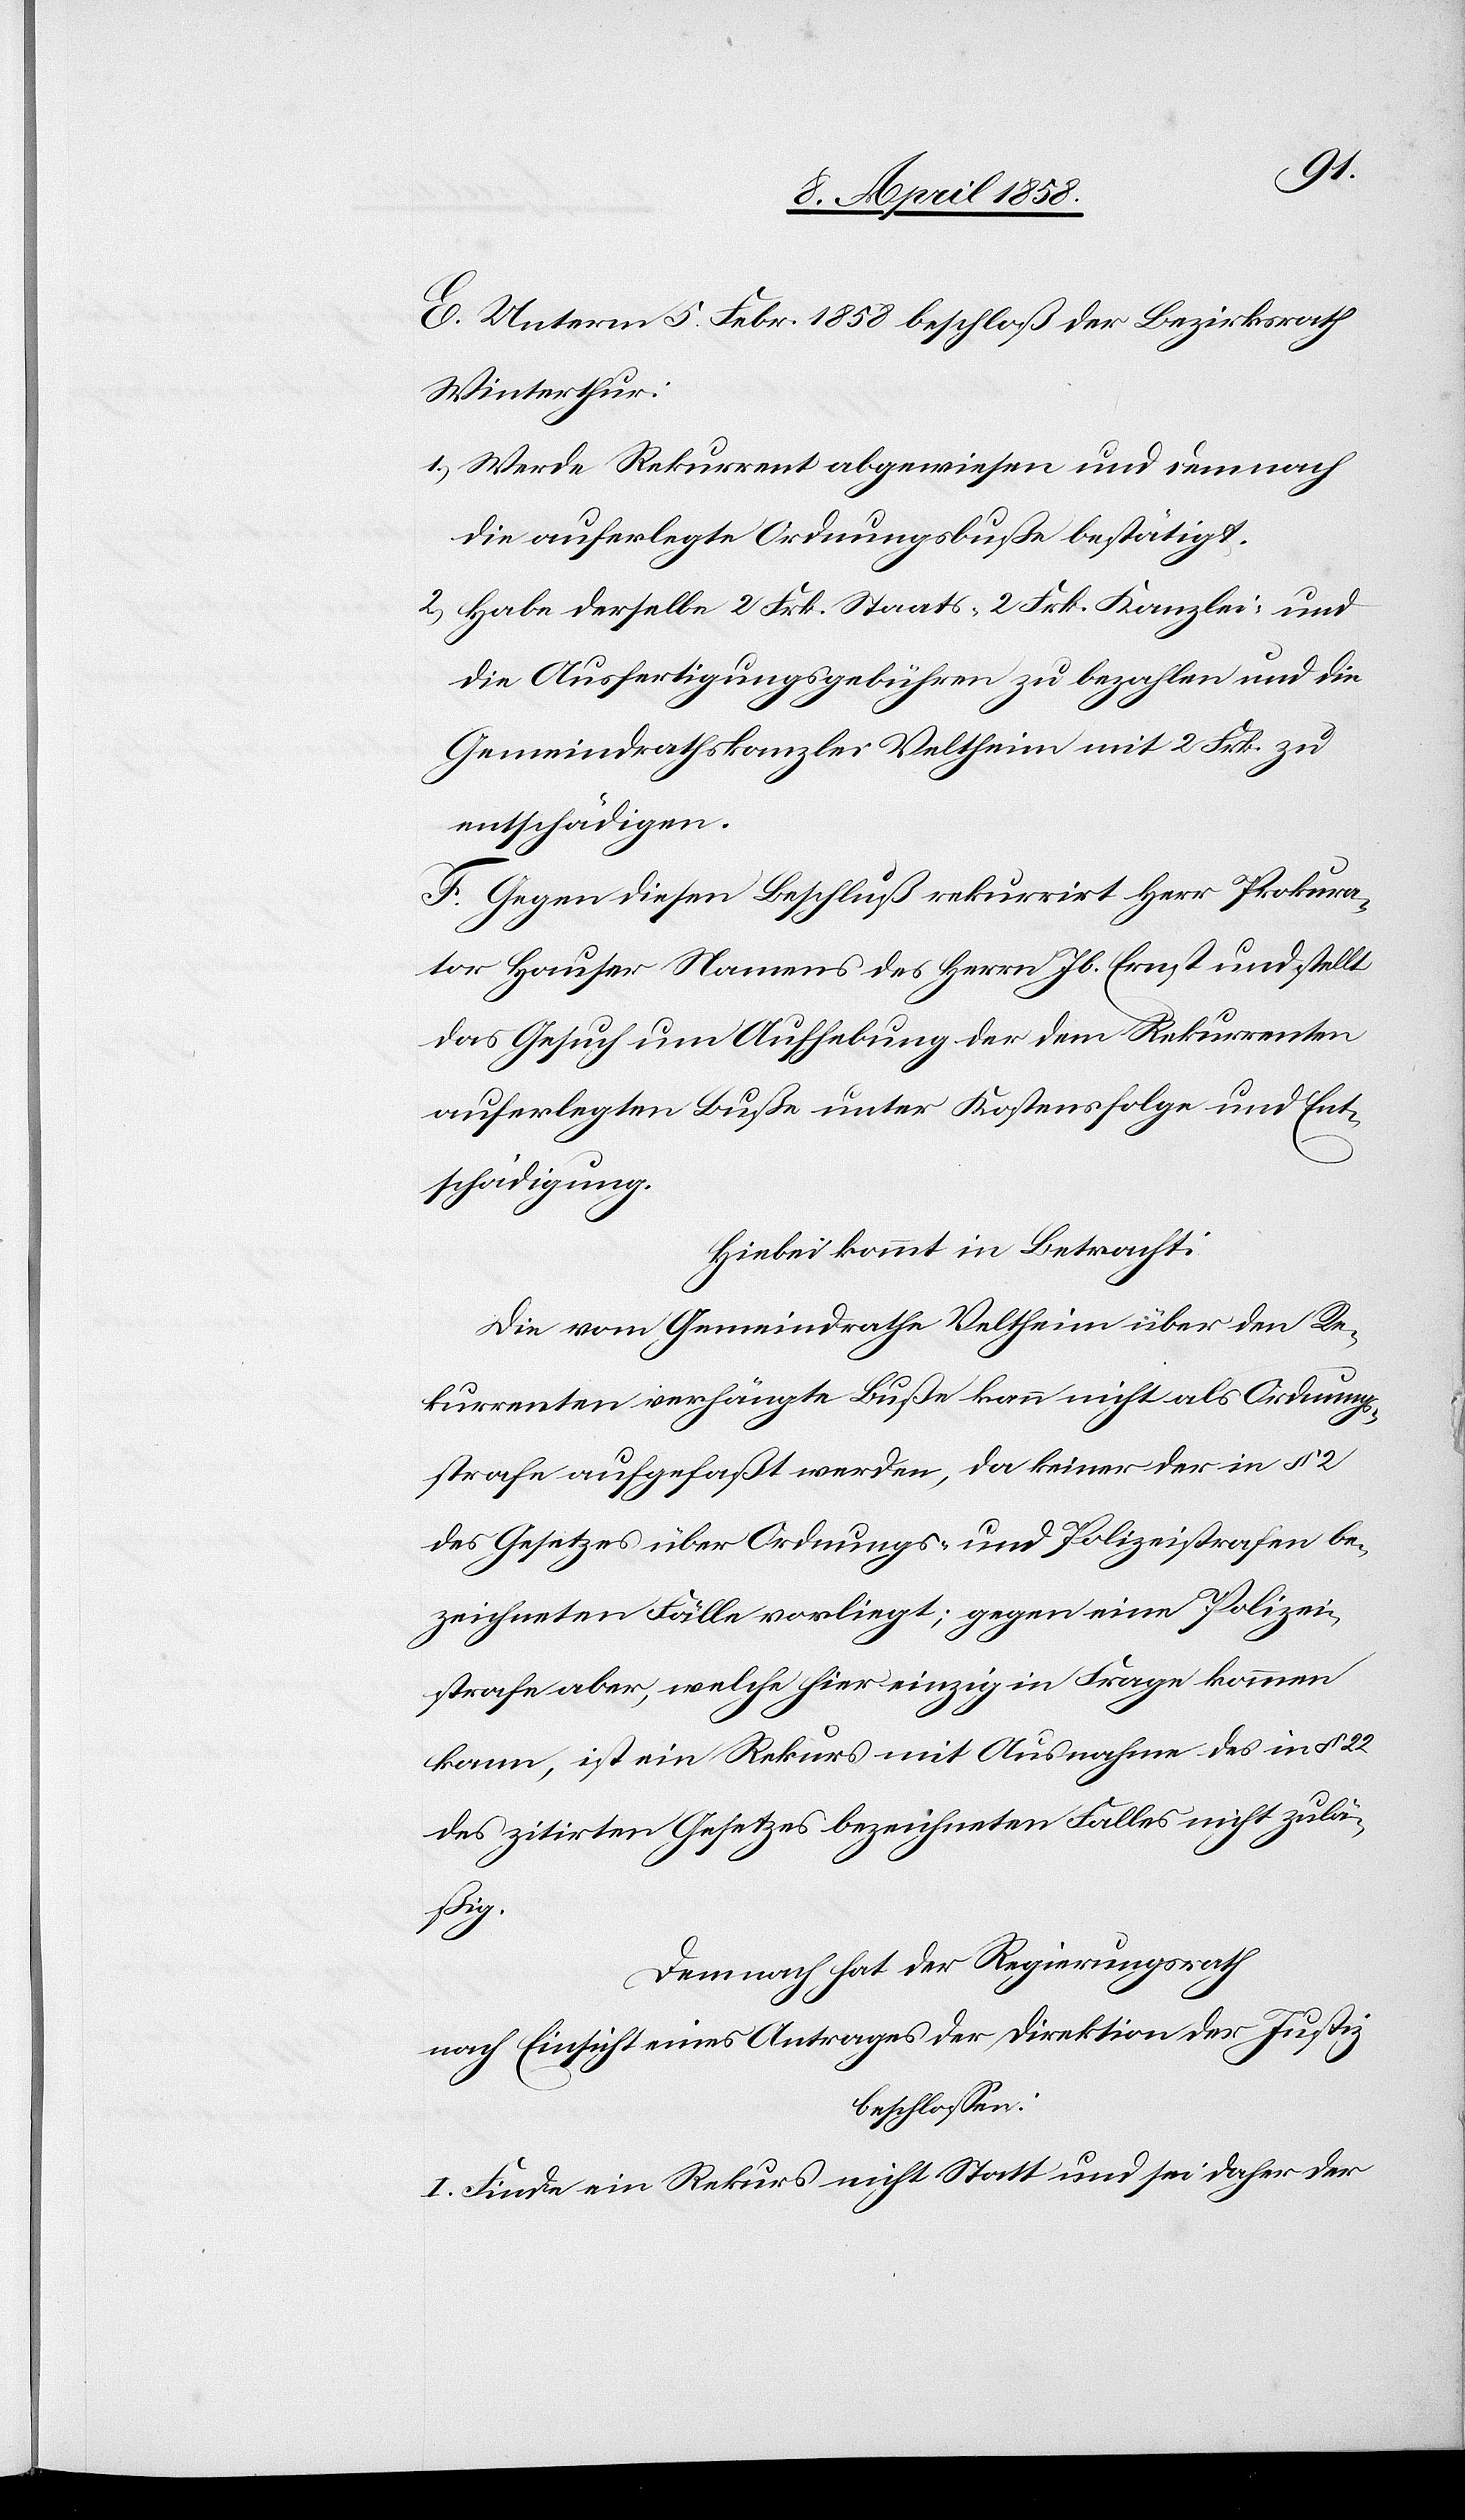
E. Unterm 5. Febr. 1858 beschloß der Bezirksrath
Winterthur:
1.) Werde Rekurrent abgewiesen und demnach
die auferlegte Ordnungsbuße bestätigt.
2.) Habe derselbe 2 Frk. Staats-[,] 2 Frk. Kanzlei- und
die Ausfertigungsgebühren zu bezahlen und die
Gemeindrathskanzlei Veltheim mit 2 Frk. zu
entschädigen.
F. Gegen diesen Beschluß rekurrirt Herr Prokura¬
tor Hauser Namens des Herrn Jb. Ernst und stellt
das Gesuch um Aufhebung der dem Rekurrenten
auferlegten Buße unter Kostensfolge und Ent¬
schädigung.
Hiebei kommt in Betracht:
Die vom Gemeindrathe Veltheim über den Re¬
kurrenten verhängte Buße kann nicht als Ordnungs¬
strafe aufgefaßt werden, da keiner der in § 2
des Gesetzes über Ordnungs- und Polizeistrafen be¬
zeichneten Fälle vorliegt; gegen eine Polizei¬
strafe aber, welche hier einzig in Frage kommen
kann, ist ein Rekurs mit Ausnahme des in § 22
des zitirten Gesetzes bezeichneten Falles nicht zulä¬
ßig.
Demnach hat der Regierungsrath
nach Einsicht eines Antrages der Direktion der Justiz,
beschlossen:
I. Finde ein Rekurs nicht Statt und sei daher der